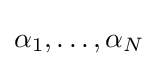
\alpha _{1},\ldots ,\alpha _{N}